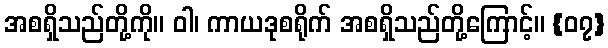
အစရှိသည်တို့ကို။ ဝါ၊ ကာယဒုစရိုက် အစရှိသည်တို့ကြောင့်။ {၀၇}